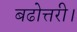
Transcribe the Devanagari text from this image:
बढोत्तरी।